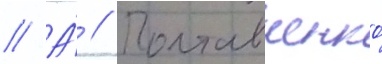
// А́ // Полтавченко